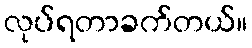
လုပ်ရတာခက်တယ်။